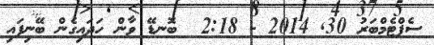
ސެޕްޓެމްބަރު 30